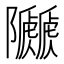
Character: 𨽯